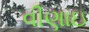
વીણાઇ